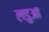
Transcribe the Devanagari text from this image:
लडुआ